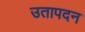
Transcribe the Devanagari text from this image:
उतापदन